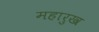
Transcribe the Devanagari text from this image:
महारुख